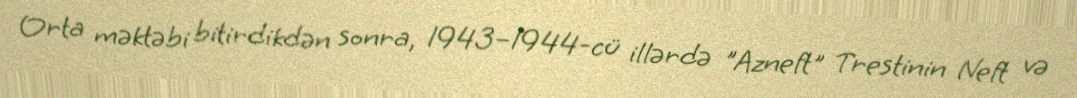
Orta məktəbi bitirdikdən sonra, 1943–1944-cü illərdə "Azneft" Trestinin Neft və